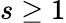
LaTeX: s\geq 1